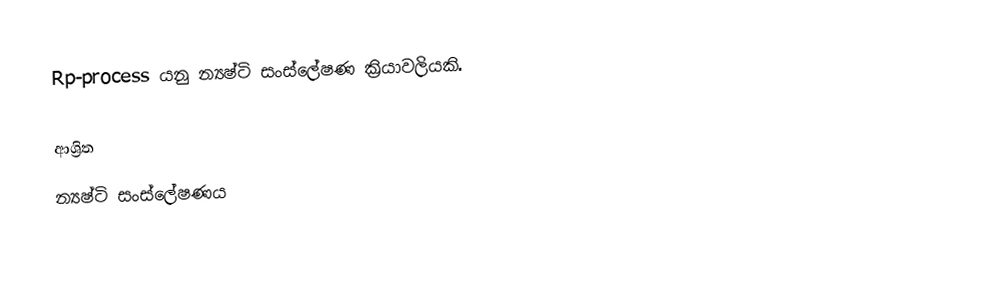
Rp-process යනු න්‍යෂ්ටි සංස්ලේෂණ ක්‍රියාවලියකි.

ආශ්‍රිත
 න්‍යෂ්ටි සංස්ලේෂණය